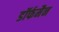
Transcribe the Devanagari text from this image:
डॉर्फमैन